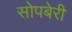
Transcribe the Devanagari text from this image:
सोपबेरी